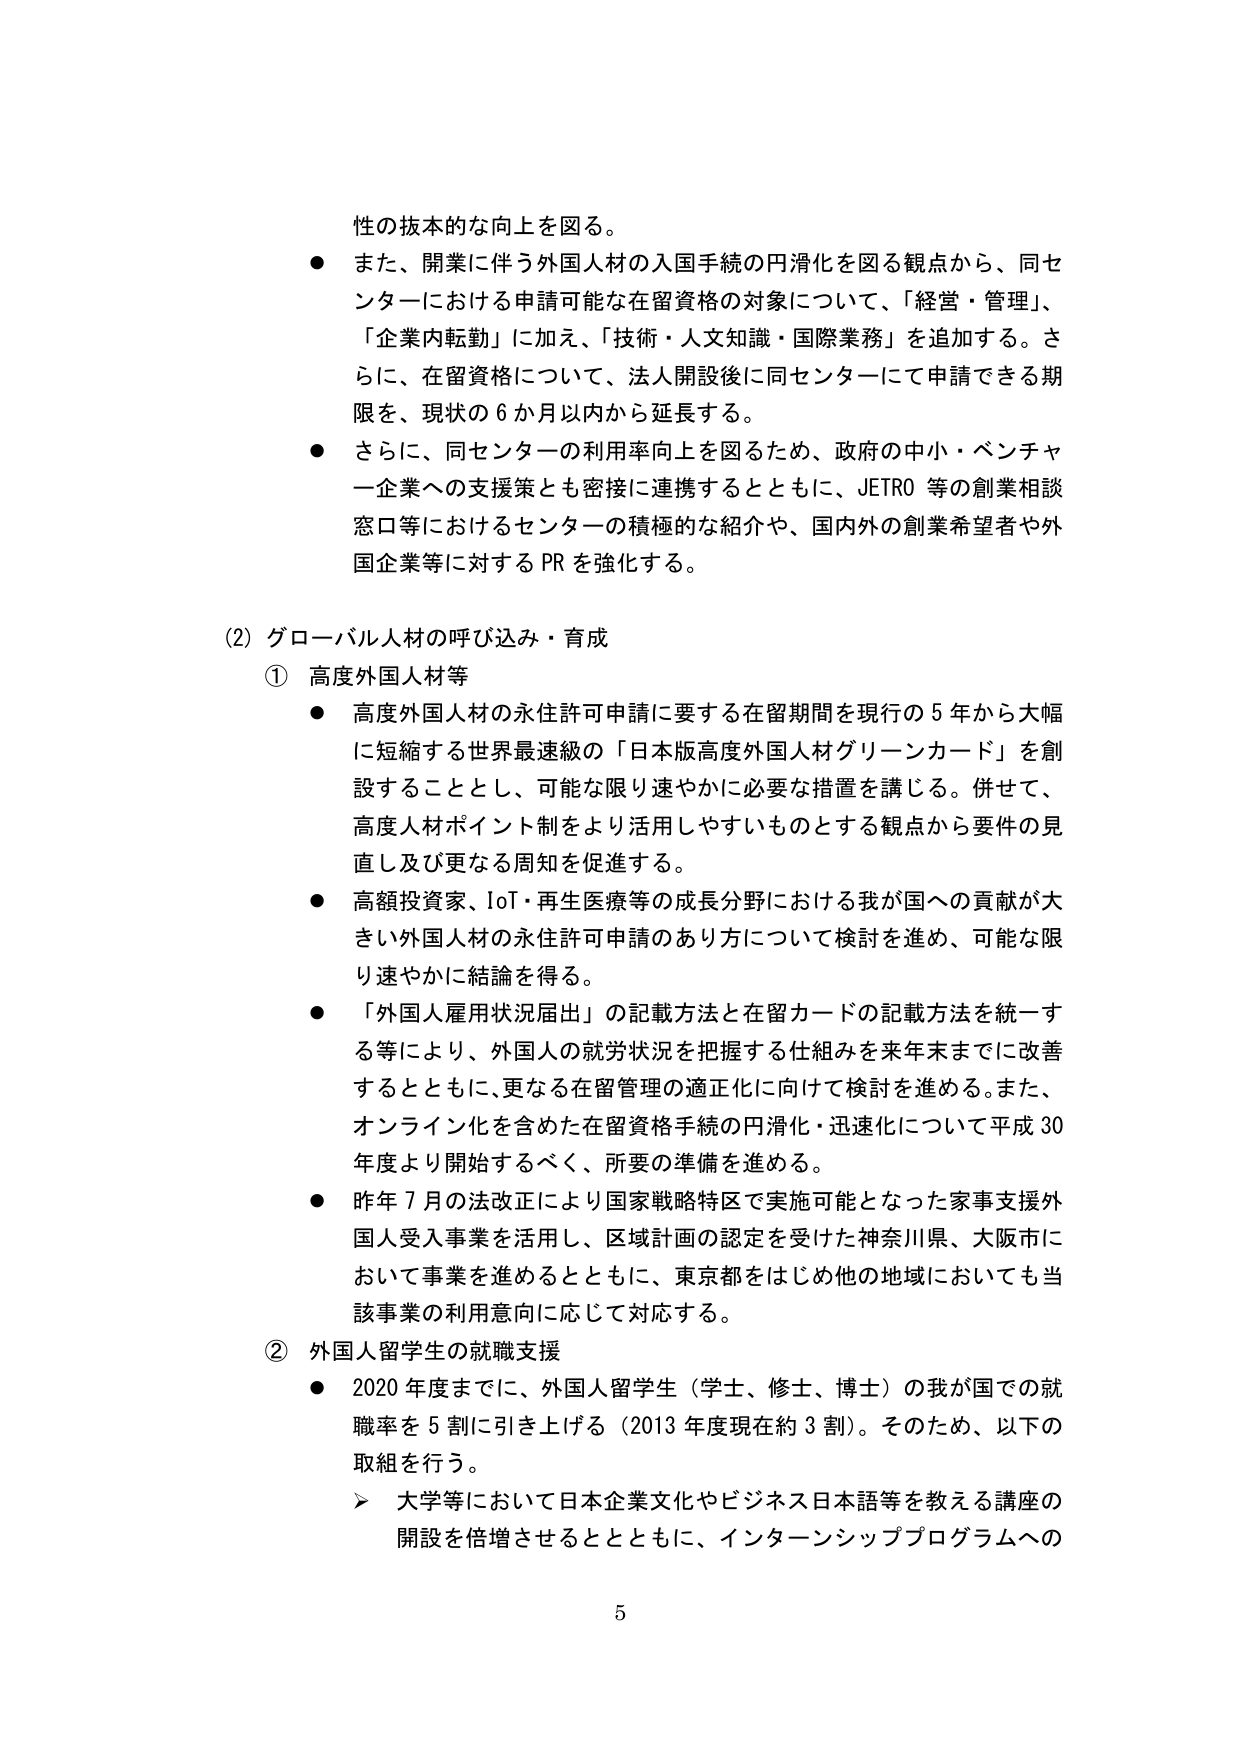
性の抜本的な向上を図る。

● また、開業に伴う外国人材の入国手続の円滑化を図る観点から、同センターにおける申請可能な在留資格の対象について、「経営・管理」、「企業内転勤」に加え、「技術・人文知識・国際業務」を追加する。さらに、在留資格について、法人開設後に同センターにて申請できる期限を、現状の６か月以内から延長する。

● さらに、同センターの利用率向上を図るため、政府の中小・ベンチャー企業への支援策とも密接に連携するとともに、JETRO等の創業相談窓口等におけるセンターの積極的な紹介や、国内外の創業希望者や外国企業等に対するPRを強化する。

(2) グローバル人材の呼び込み・育成

① 高度外国人材等

● 高度外国人材の永住許可申請に要する在留期間を現行の５年から大幅に短縮する世界最速級の「日本版高度外国人材グリーンカード」を創設することとし、可能な限り速やかに必要な措置を講じる。併せて、高度人材ポイント制をより活用しやすいものとする観点から要件の見直し及び更なる周知を促進する。

● 高額投資家、IoT・再生医療等の成長分野における我が国への貢献が大きい外国人材の永住許可申請のあり方について検討を進め、可能な限り速やかに結論を得る。

● 「外国人雇用状況届出」の記載方法と在留カードの記載方法を統一する等により、外国人の就労状況を把握する仕組みを来年末までに改善するとともに、更なる在留管理の適正化に向けて検討を進める。また、オンライン化を含めた在留資格手続の円滑化・迅速化について平成30年度より開始するべく、所要の準備を進める。

● 昨年７月の法改正により国家戦略特区で実施可能となった家事支援外国人受入事業を活用し、区域計画の認定を受けた神奈川県、大阪市において事業を進めるとともに、東京都をはじめ他の地域においても当該事業の利用意向に応じて対応する。

② 外国人留学生の就職支援

● 2020年度までに、外国人留学生（学士、修士、博士）の我が国での就職率を５割に引き上げる（2013年度現在約３割）。そのため、以下の取組を行う。

　▶ 大学等において日本企業文化やビジネス日本語等を教える講座の開設を倍増させるとともに、インターンシッププログラムへの

5